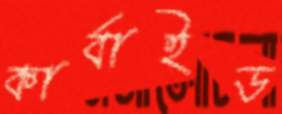
কার্বাইড